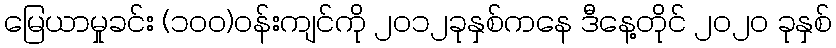
မြေယာမှုခင်း (၁၀၀)ဝန်းကျင်ကို ၂၀၁၂ခုနှစ်ကနေ ဒီနေ့တိုင် ၂၀၂၀ ခုနှစ်